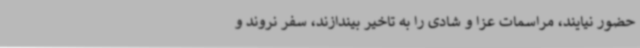
حضور نیایند، مراسمات عزا و شادی را به تاخیر بیندازند، سفر نروند و